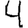
Digit: 4